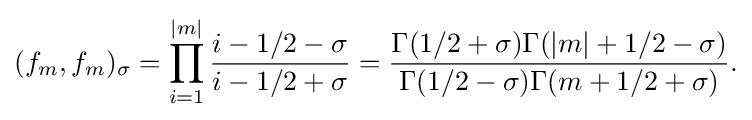
\displaystyle {(f_{m},f_{m})_{\sigma }=\prod _{i=1}^{|m|}{i-1/2-\sigma  \over i-1/2+\sigma }={\Gamma (1/2+\sigma )\Gamma (|m|+1/2-\sigma ) \over \Gamma (1/2-\sigma )\Gamma (m+1/2+\sigma )}.}